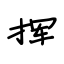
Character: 挥